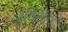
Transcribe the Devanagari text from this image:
शर्यतींतून